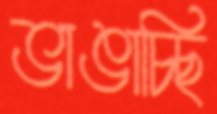
ভাঙাচ্ছি